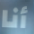
أنا